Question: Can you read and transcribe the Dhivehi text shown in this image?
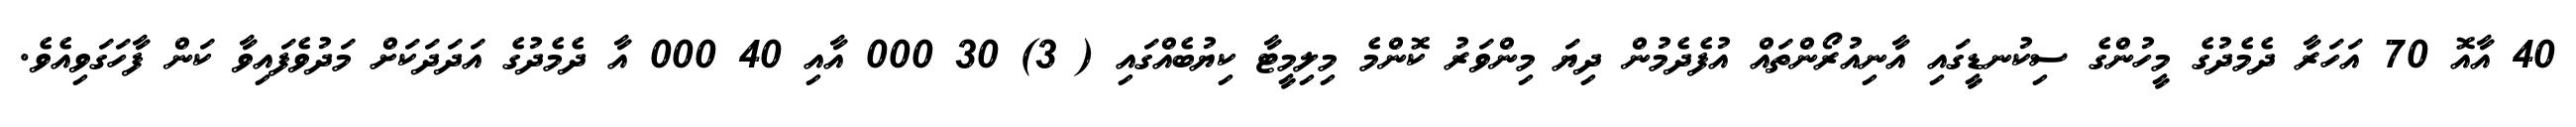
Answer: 40 އާއޮ 70 އަހަރާ ދެމެދުގެ މީހުންގެ ސިކުނޑީގައި އާނިއުރޯންތައް އުފެދެމުން ދިޔަ މިންވަރު ކޮންމެ މިލިމީޓާ ކިޔުބެއްގައި ( 3) 30 000 އާއި 40 000 އާ ދެމެދުގެ އަދަދަކަށް މަދުވެފައިވާ ކަން ފާހަގަވިއެވެ.